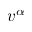
v ^ { \alpha }